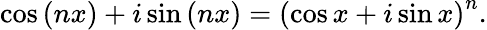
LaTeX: \cos\left(nx\right)+i\sin\left(nx\right)=\left(\cos x+i\sin x\right)^{n}.